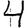
Digit: 4